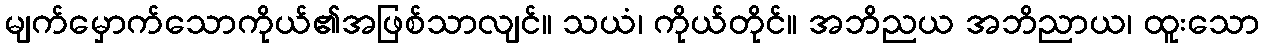
မျက်မှောက်သောကိုယ်၏အဖြစ်သာလျင်။ သယံ၊ ကိုယ်တိုင်။ အဘိညယ အဘိညာယ၊ ထူးသော